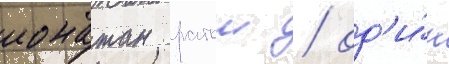
ионатан ратош / од'и́н